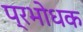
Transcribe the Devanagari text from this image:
प्रभोधक